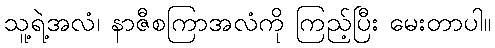
သူ့ရဲ့အလံ၊ နာဇီစကြာအလံကို ကြည့်ပြီး မေးတာပါ။